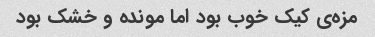
مزه‌ی کیک خوب بود اما مونده و خشک بود